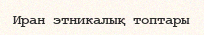
Иран этникалық топтары